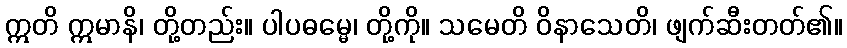
ဣတိ ဣမာနိ၊ တို့တည်း။ ပါပဓမ္မေ၊ တို့ကို။ သမေတိ ဝိနာသေတိ၊ ဖျက်ဆီးတတ်၏။